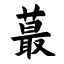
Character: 蕞